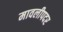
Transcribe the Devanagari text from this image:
मावलीपदर